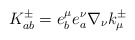
\begin{align*}K^{\pm}_{a b} = e^{\mu}_{b} e^{\nu}_{a} \nabla_{\nu} k^{\pm}_{\mu}\end{align*}